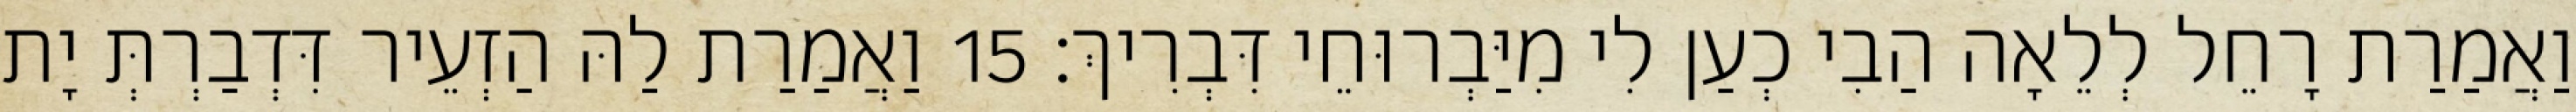
וַאֲמַרַת רָחֵל לְלֵאָה הַבִי כְעַן לִי מִיַּבְרוּחֵי דִּבְרִיךְ׃ 15 וַאֲמַרַת לַהּ הַזְעֵיר דִּדְבַרְתְּ יָת